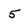
Character: 5